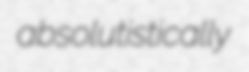
absolutistically